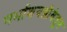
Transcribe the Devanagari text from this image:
गर्भाशयग्रीवेतून